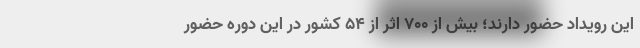
این رویداد حضور دارند؛ بیش از 700 اثر از 54 کشور در این دوره حضور